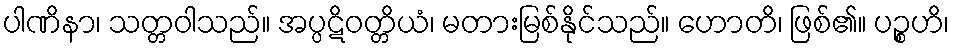
ပါဏိနာ၊ သတ္တဝါသည်။ အပ္ပဋိဝတ္တိယံ၊ မတားမြစ်နိုင်သည်။ ဟောတိ၊ ဖြစ်၏။ ပဉ္စဟိ၊